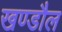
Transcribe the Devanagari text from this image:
खण्डौल